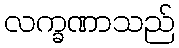
လက္ခဏာသည်